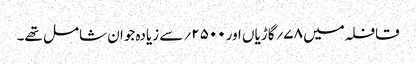
قافلہ میں ۷۸؍گاڑیاں اور۵۰۰ ۲؍سے زیادہ جوان شامل تھے۔